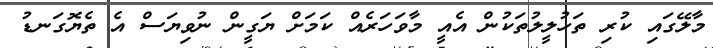
މާލޭގައި ކުރި ތަހުލީލުތަކުން އެއީ މާވަހަރެއް ކަމަށް ޔަގީން ނުވިޔަސް އެ ތެޔޮގަނޑު